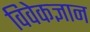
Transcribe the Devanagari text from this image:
विवेकज्ञान